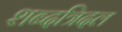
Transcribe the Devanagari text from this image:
शब्दत्रिदल